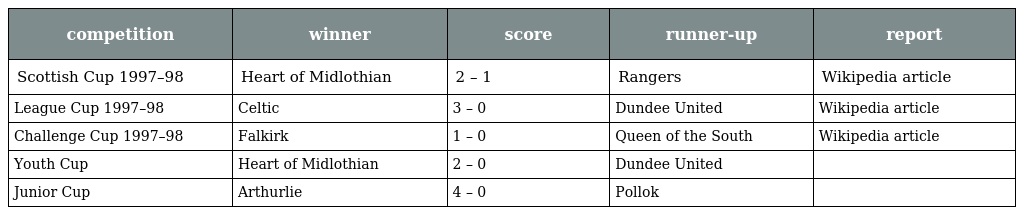
| competition | winner | score | runner-up | report |
 | --- | --- | --- | --- | --- |
 | Scottish Cup 1997–98 | Heart of Midlothian | 2 – 1 | Rangers | Wikipedia article |
 | League Cup 1997–98 | Celtic | 3 – 0 | Dundee United | Wikipedia article |
 | Challenge Cup 1997–98 | Falkirk | 1 – 0 | Queen of the South | Wikipedia article |
 | Youth Cup | Heart of Midlothian | 2 – 0 | Dundee United |  |
 | Junior Cup | Arthurlie | 4 – 0 | Pollok |  |